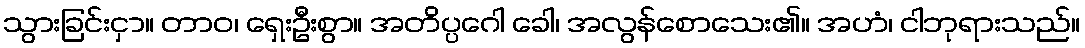
သွားခြင်းငှာ။ တာဝ၊ ရှေးဦးစွာ။ အတိပ္ပဂေါ ခေါ၊ အလွန်စောသေး၏။ အဟံ၊ ငါဘုရားသည်။